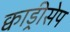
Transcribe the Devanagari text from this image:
क्वाड्रीसेप